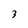
Character: 3